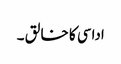
اداسی کا خا لق ۔